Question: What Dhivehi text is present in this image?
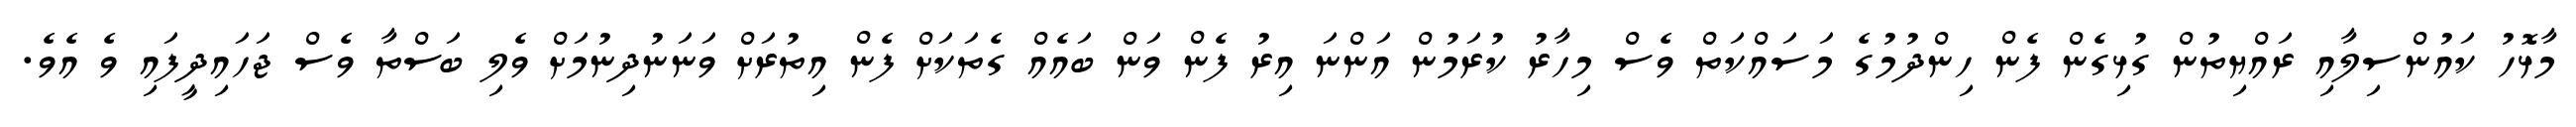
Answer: މާޅޮހު ކައުންސިލާއި ރައްޔިތުން ގުޅިގެން ފެން ހިންދުމުގެ މަސައްކަތް ވެސް މިހާރު ކުރަމުން އަންނަ އިރު ފެން ވަން ބައެއް ގެތަކަށް ފެން އިތުރަށް ވަނަނުދިނުމަށް ވެލި ބަސްތާ ވެސް ޖަހައިދީފައި ވެ އެވެ.